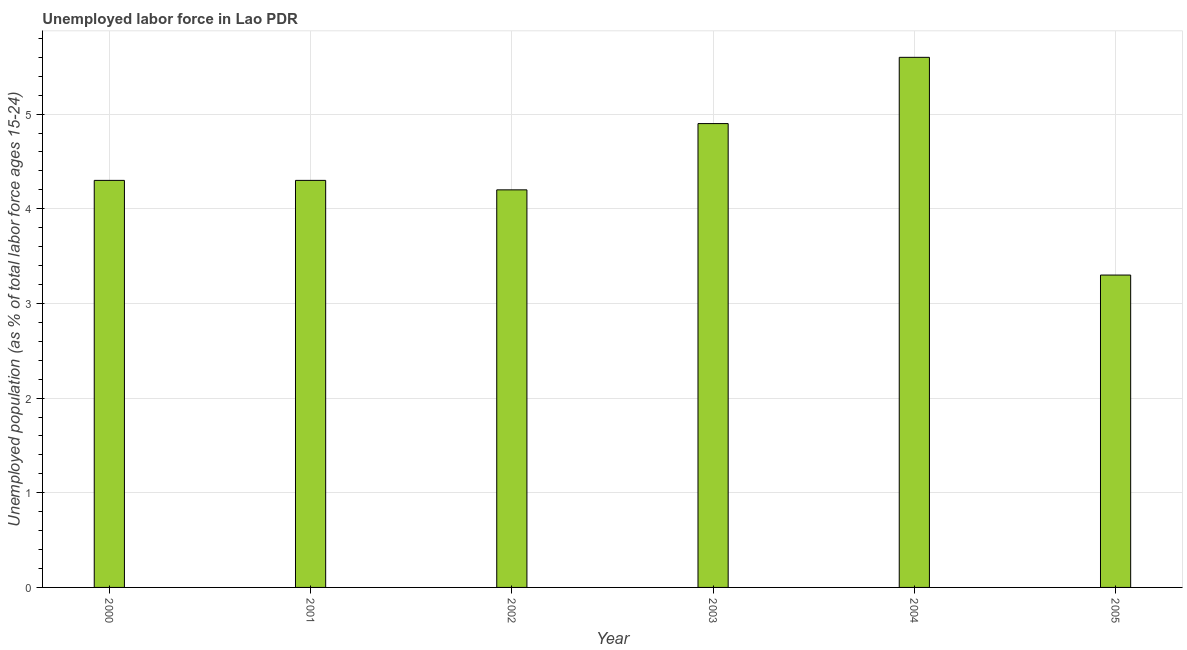
| Year | Unemployment |
 | --- | --- |
 | 2000 | 4.3 |
 | 2001 | 4.3 |
 | 2002 | 4.2 |
 | 2003 | 4.9 |
 | 2004 | 5.6 |
 | 2005 | 3.3 |